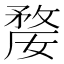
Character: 𭤇